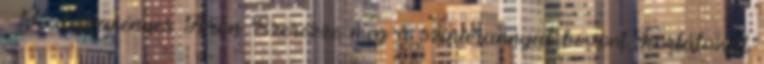
- Kedvezményes Áron Szerezze meg a színarannyal bevont, korlátozott